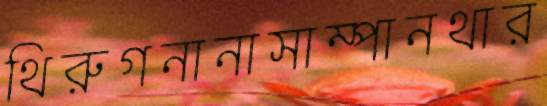
থিরুগনানাসাম্পানথার